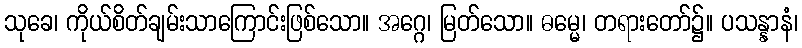
သုခေ၊ ကိုယ်စိတ်ချမ်းသာကြောင်းဖြစ်သော။ အဂ္ဂေ၊ မြတ်သော။ ဓမ္မေ၊ တရားတော်၌။ ပသန္နာနံ၊